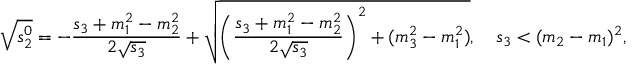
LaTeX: \sqrt { s _ { 2 } ^ { 0 } } = - \frac { s _ { 3 } + m _ { 1 } ^ { 2 } - m _ { 2 } ^ { 2 } } { 2 \sqrt { s _ { 3 } } } + \sqrt { \left( { \frac { s _ { 3 } + m _ { 1 } ^ { 2 } - m _ { 2 } ^ { 2 } } { 2 \sqrt { s _ { 3 } } } } \right) ^ { 2 } + ( m _ { 3 } ^ { 2 } - m _ { 1 } ^ { 2 } ) } , \quad s _ { 3 } < ( m _ { 2 } - m _ { 1 } ) ^ { 2 } ,